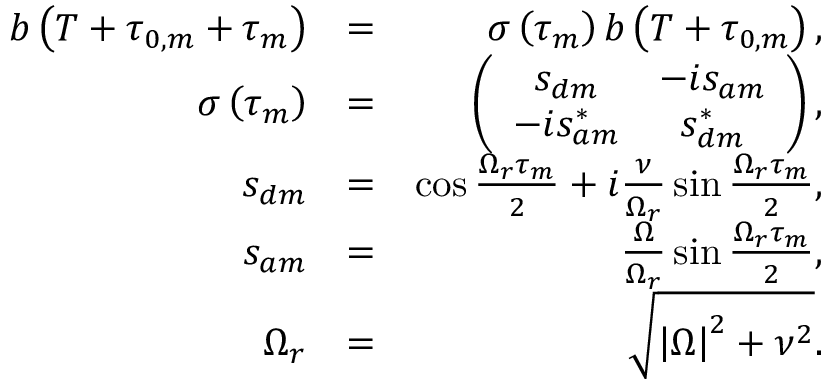
\begin{array} { r l r } { b \left( T + \tau _ { 0 , m } + \tau _ { m } \right) } & { = } & { \sigma \left( \tau _ { m } \right) b \left( T + \tau _ { 0 , m } \right) , } \\ { \sigma \left( \tau _ { m } \right) } & { = } & { \left( \begin{array} { c c } { s _ { d m } } & { - i s _ { a m } } \\ { - i s _ { a m } ^ { \ast } } & { s _ { d m } ^ { \ast } } \end{array} \right) , } \\ { s _ { d m } } & { = } & { \cos \frac { \Omega _ { r } \tau _ { m } } { 2 } + i \frac { \nu } { \Omega _ { r } } \sin \frac { \Omega _ { r } \tau _ { m } } { 2 } , } \\ { s _ { a m } } & { = } & { \frac { \Omega } { \Omega _ { r } } \sin \frac { \Omega _ { r } \tau _ { m } } { 2 } , } \\ { \Omega _ { r } } & { = } & { \sqrt { \left\vert \Omega \right\vert ^ { 2 } + \nu ^ { 2 } } . } \end{array}